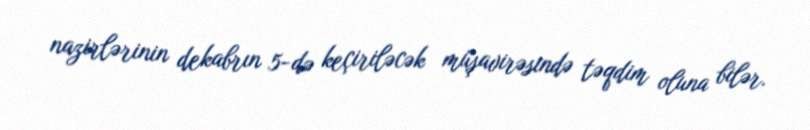
nazirlərinin dekabrın 5-də keçiriləcək müşavirəsində təqdim oluna bilər.